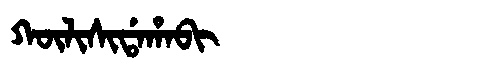
Manchu: ᡴᡡᠯᡳᠰᡳᡩᠠᡥᠠᠪᡳ
Romanization: KŪLISIDAHABI